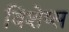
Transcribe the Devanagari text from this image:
विशेष्स